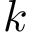
k